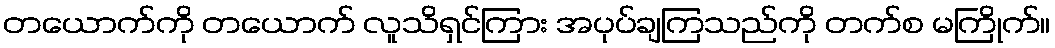
တယောက်ကို တယောက် လူသိရှင်ကြား အပုပ်ချကြသည်ကို တက်စ မကြိုက်။